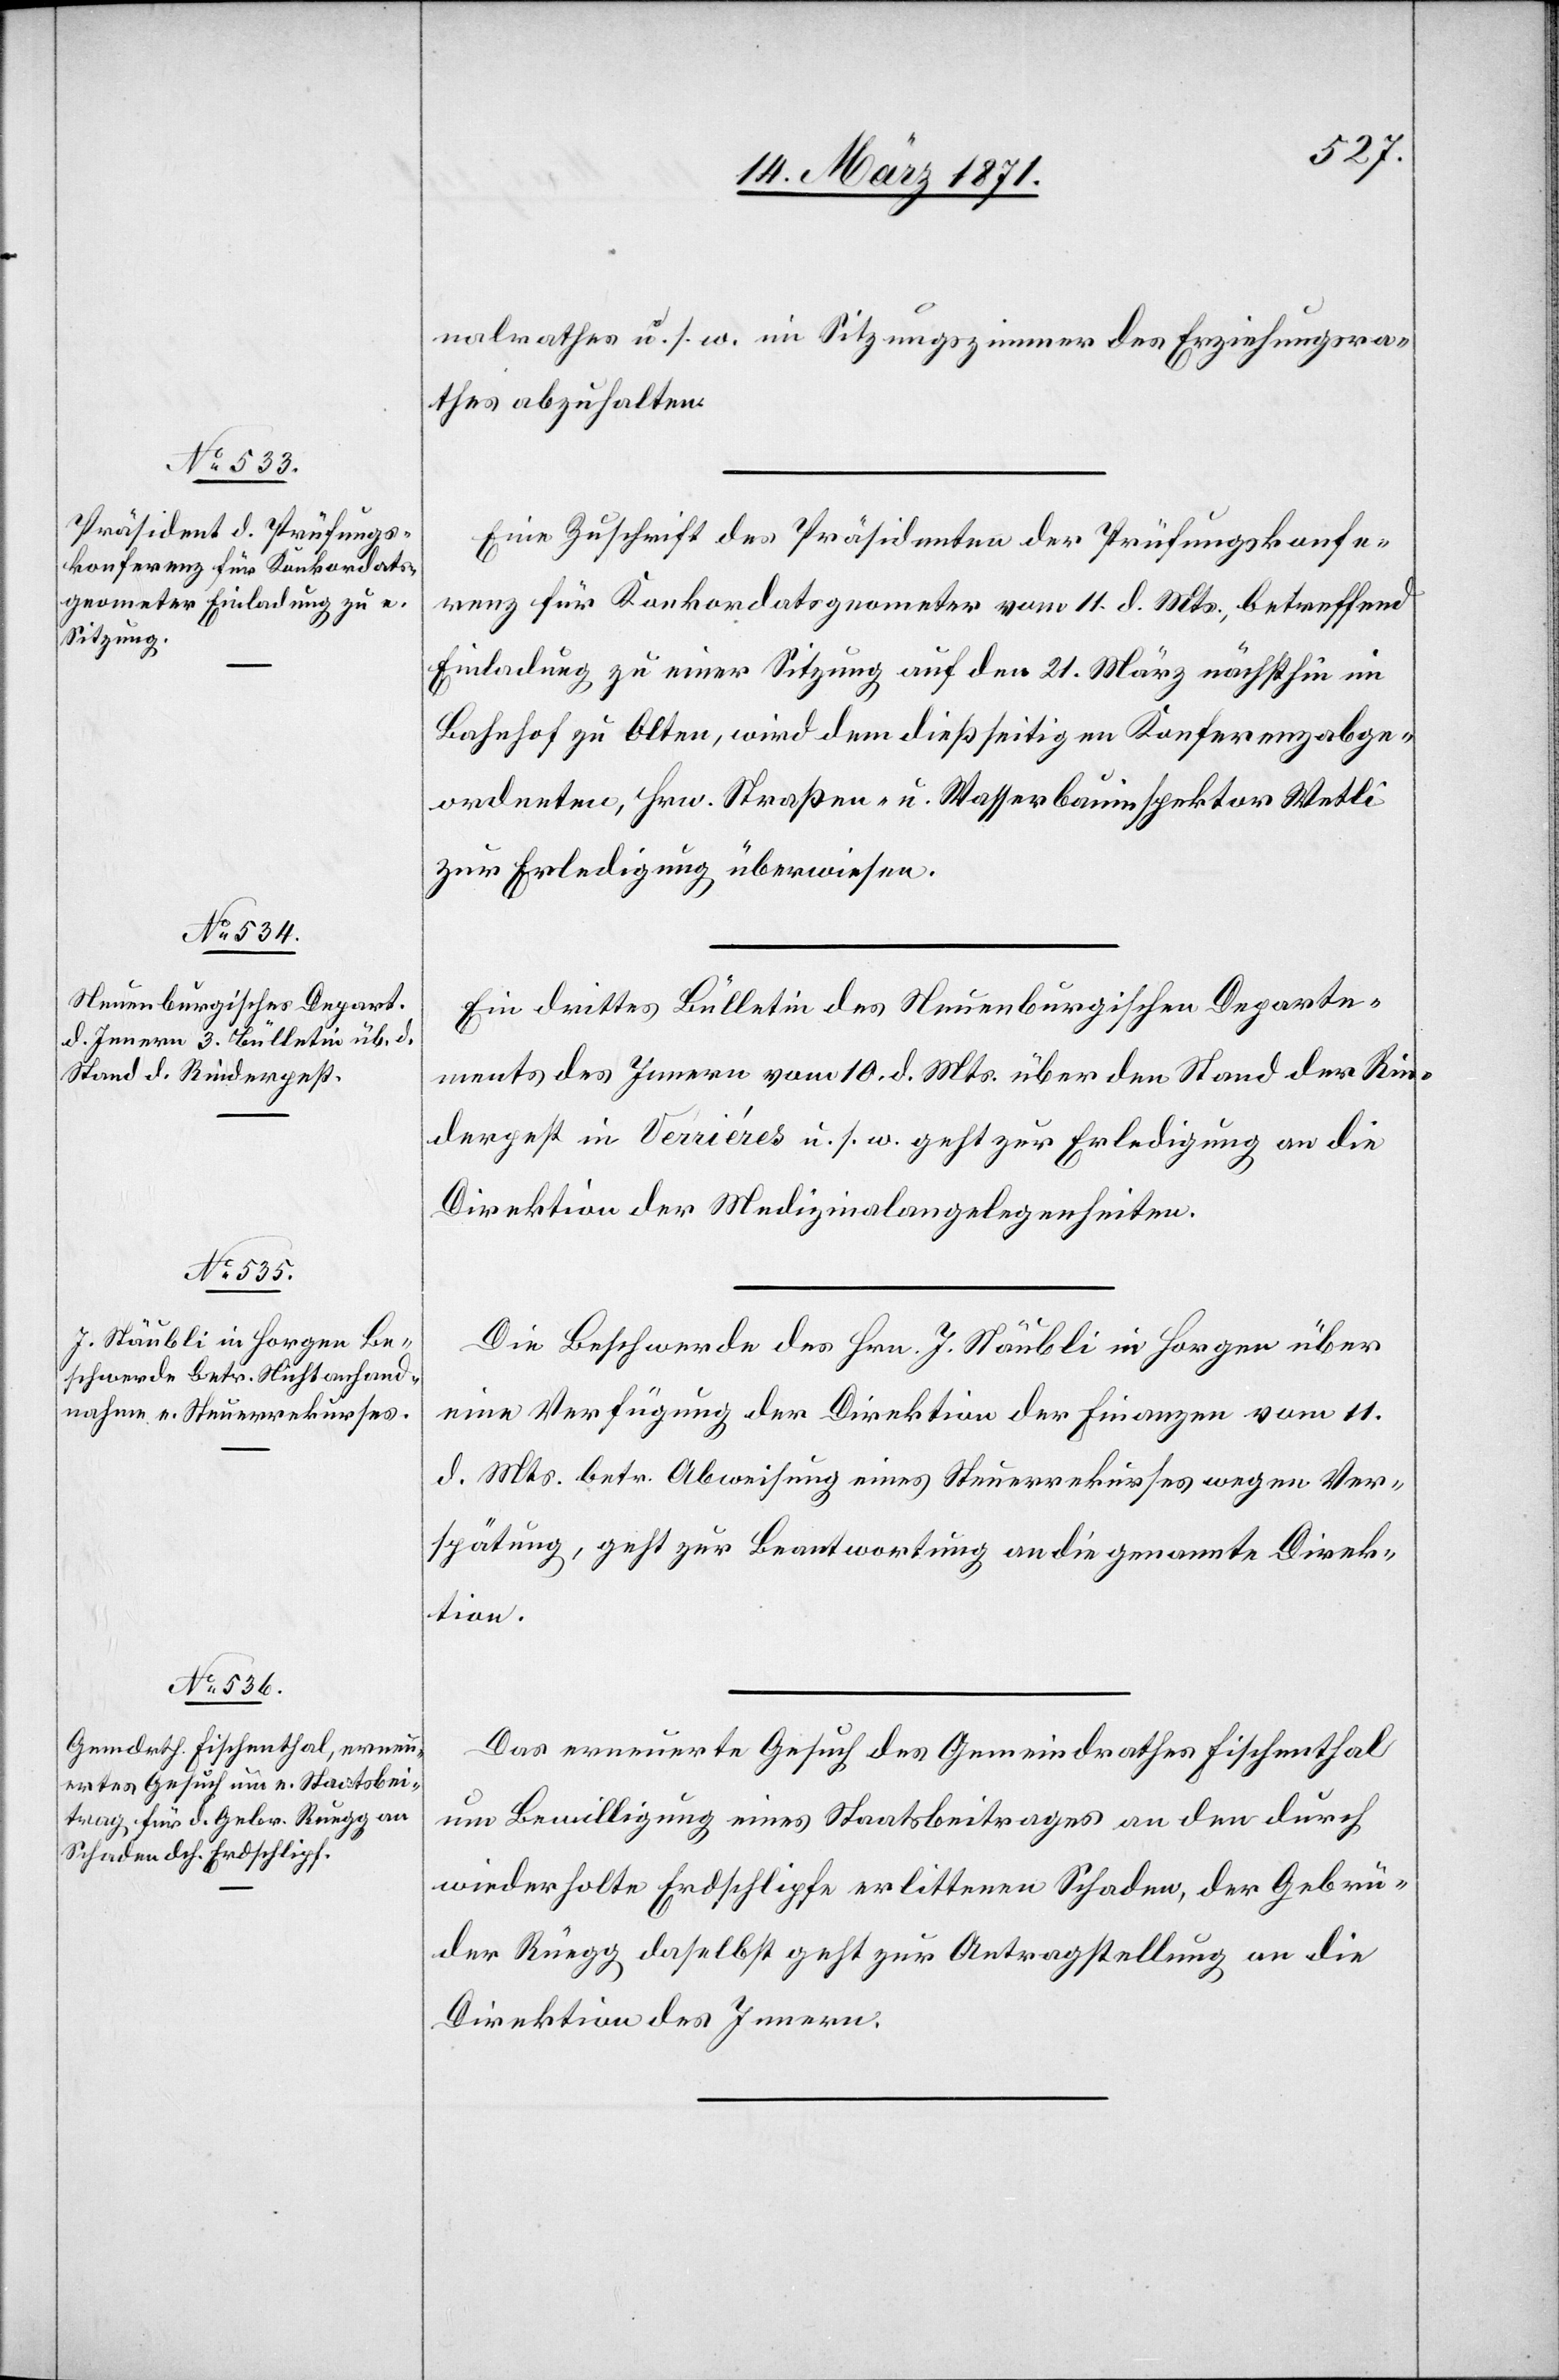
14. März 1871.]
nalrathes u. s. w. im Sitzungszimmer des Erziehungsra¬
thes abzuhalten.
Eine Zuschrift des Präsidenten der Prüfungskonfe¬
renz für Konkordatsgeometer vom 11. d. Mts., betreffend
Einladung zu einer Sitzung auf den 21. März nächsthin im
Bahnhof zu Olten, wird dem dießseitigen Konferenzabge¬
ordneten, Hrn. Straßen- u. Wasserbauinspektor Wetli
zur Erledigung überwiesen.
Ein drittes Bülletin des Neuenburgischen Departe¬
ments des Innern vom 10. d. Mts. über den Stand der Rin¬
derpest in Verrières u. s. w. geht zur Erledigung an die
Direktion der Medizinalangelegenheiten.
Die Beschwerde des Hrn. J. Stäubli in Horgen über
eine Verfügung der Direktion der Finanzen vom 11.
d. Mts. betr. Abweisung eines Steuerrekurses wegen Ver¬
spätung, geht zur Beantwortung an die genannte Direk¬
tion.
Das erneuerte Gesuch des Gemeindrathes Fischenthal
um Bewilligung eines Staatsbeitrages an den durch
wiederholte Erdschlipfe erlittenen Schaden, der Gebrü¬
der Rüegg daselbst geht zur Antragstellung an die
Direktion des Innern.